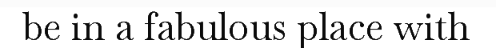
be in a fabulous place with